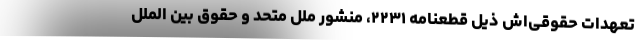
تعهدات حقوقی‌اش ذیل قطعنامه ۲۲۳۱، منشور ملل متحد و حقوق بین الملل